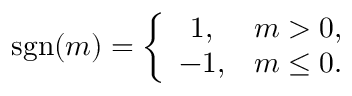
\mathrm { s g n } ( m ) = \left\{ \begin{array} { c c } { { 1 , } } & { { m > 0 , } } \\ { { - 1 , } } & { { m \le 0 . } } \end{array} \right.